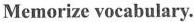
Memorize vocabulary.